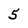
Character: 5